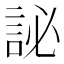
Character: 䛑